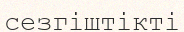
сезгіштікті